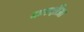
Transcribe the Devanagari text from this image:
करदीअ।